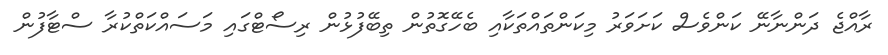
ރާއްޖެ ދަންނާނޭ ކަންވެސް ކަށަވަރު މިކަންތައްތަކާއި ބެހޭގޮތުން ތިބޭފުޅުން ރިސޯޓްގައި މަސައްކަތްކުރާ ސްޓާފުން